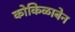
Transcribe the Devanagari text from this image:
कोकिळाबेन